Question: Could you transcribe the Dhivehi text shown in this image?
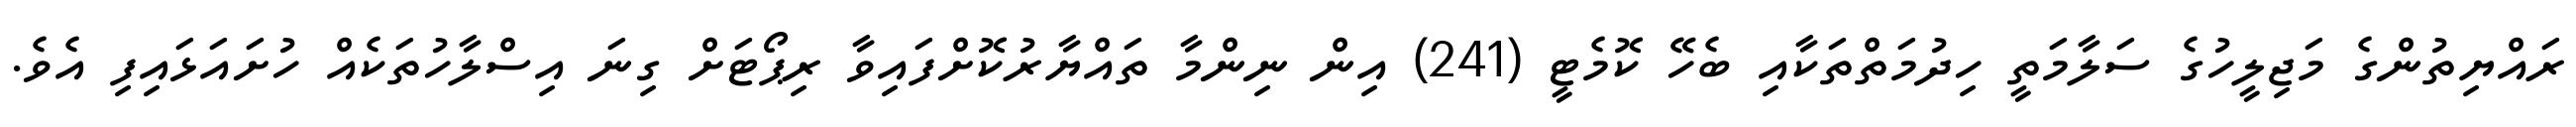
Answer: ރައްޔިތުންގެ މަޖިލީހުގެ ސަލާމަތީ ހިދުމަތްތަކާއި ބެހޭ ކޮމެޓީ (241) އިން ނިންމާ ތައްޔާރުކޮށްފައިވާ ރިޕޯޓަށް ގިނަ އިސްލާހުތަކެއް ހުށައަޅައިފި އެވެ.